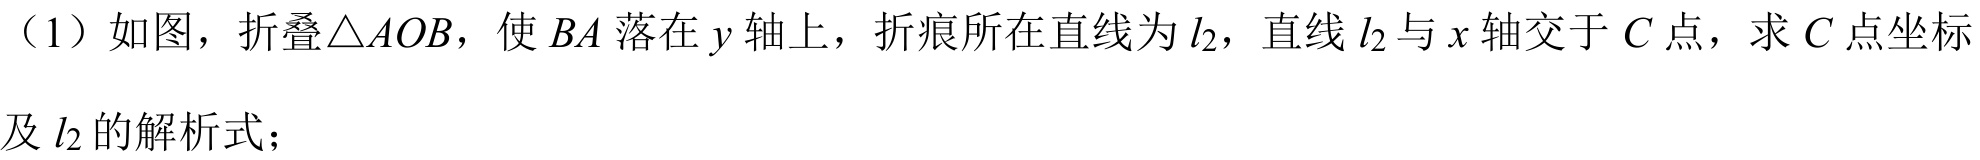
（1）如图，折叠\(\triangle AOB\)，使\(BA\)落在\(y\)轴上，折痕所在直线为\(l_{2}\)，直线\(l_{2}\)与\(x\)轴交于\(C\)点，求\(C\)点坐标
及\(l_{2}\)的解析式；